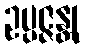
ဥပ္ပဇ္ဇန္တု